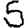
Digit: 5